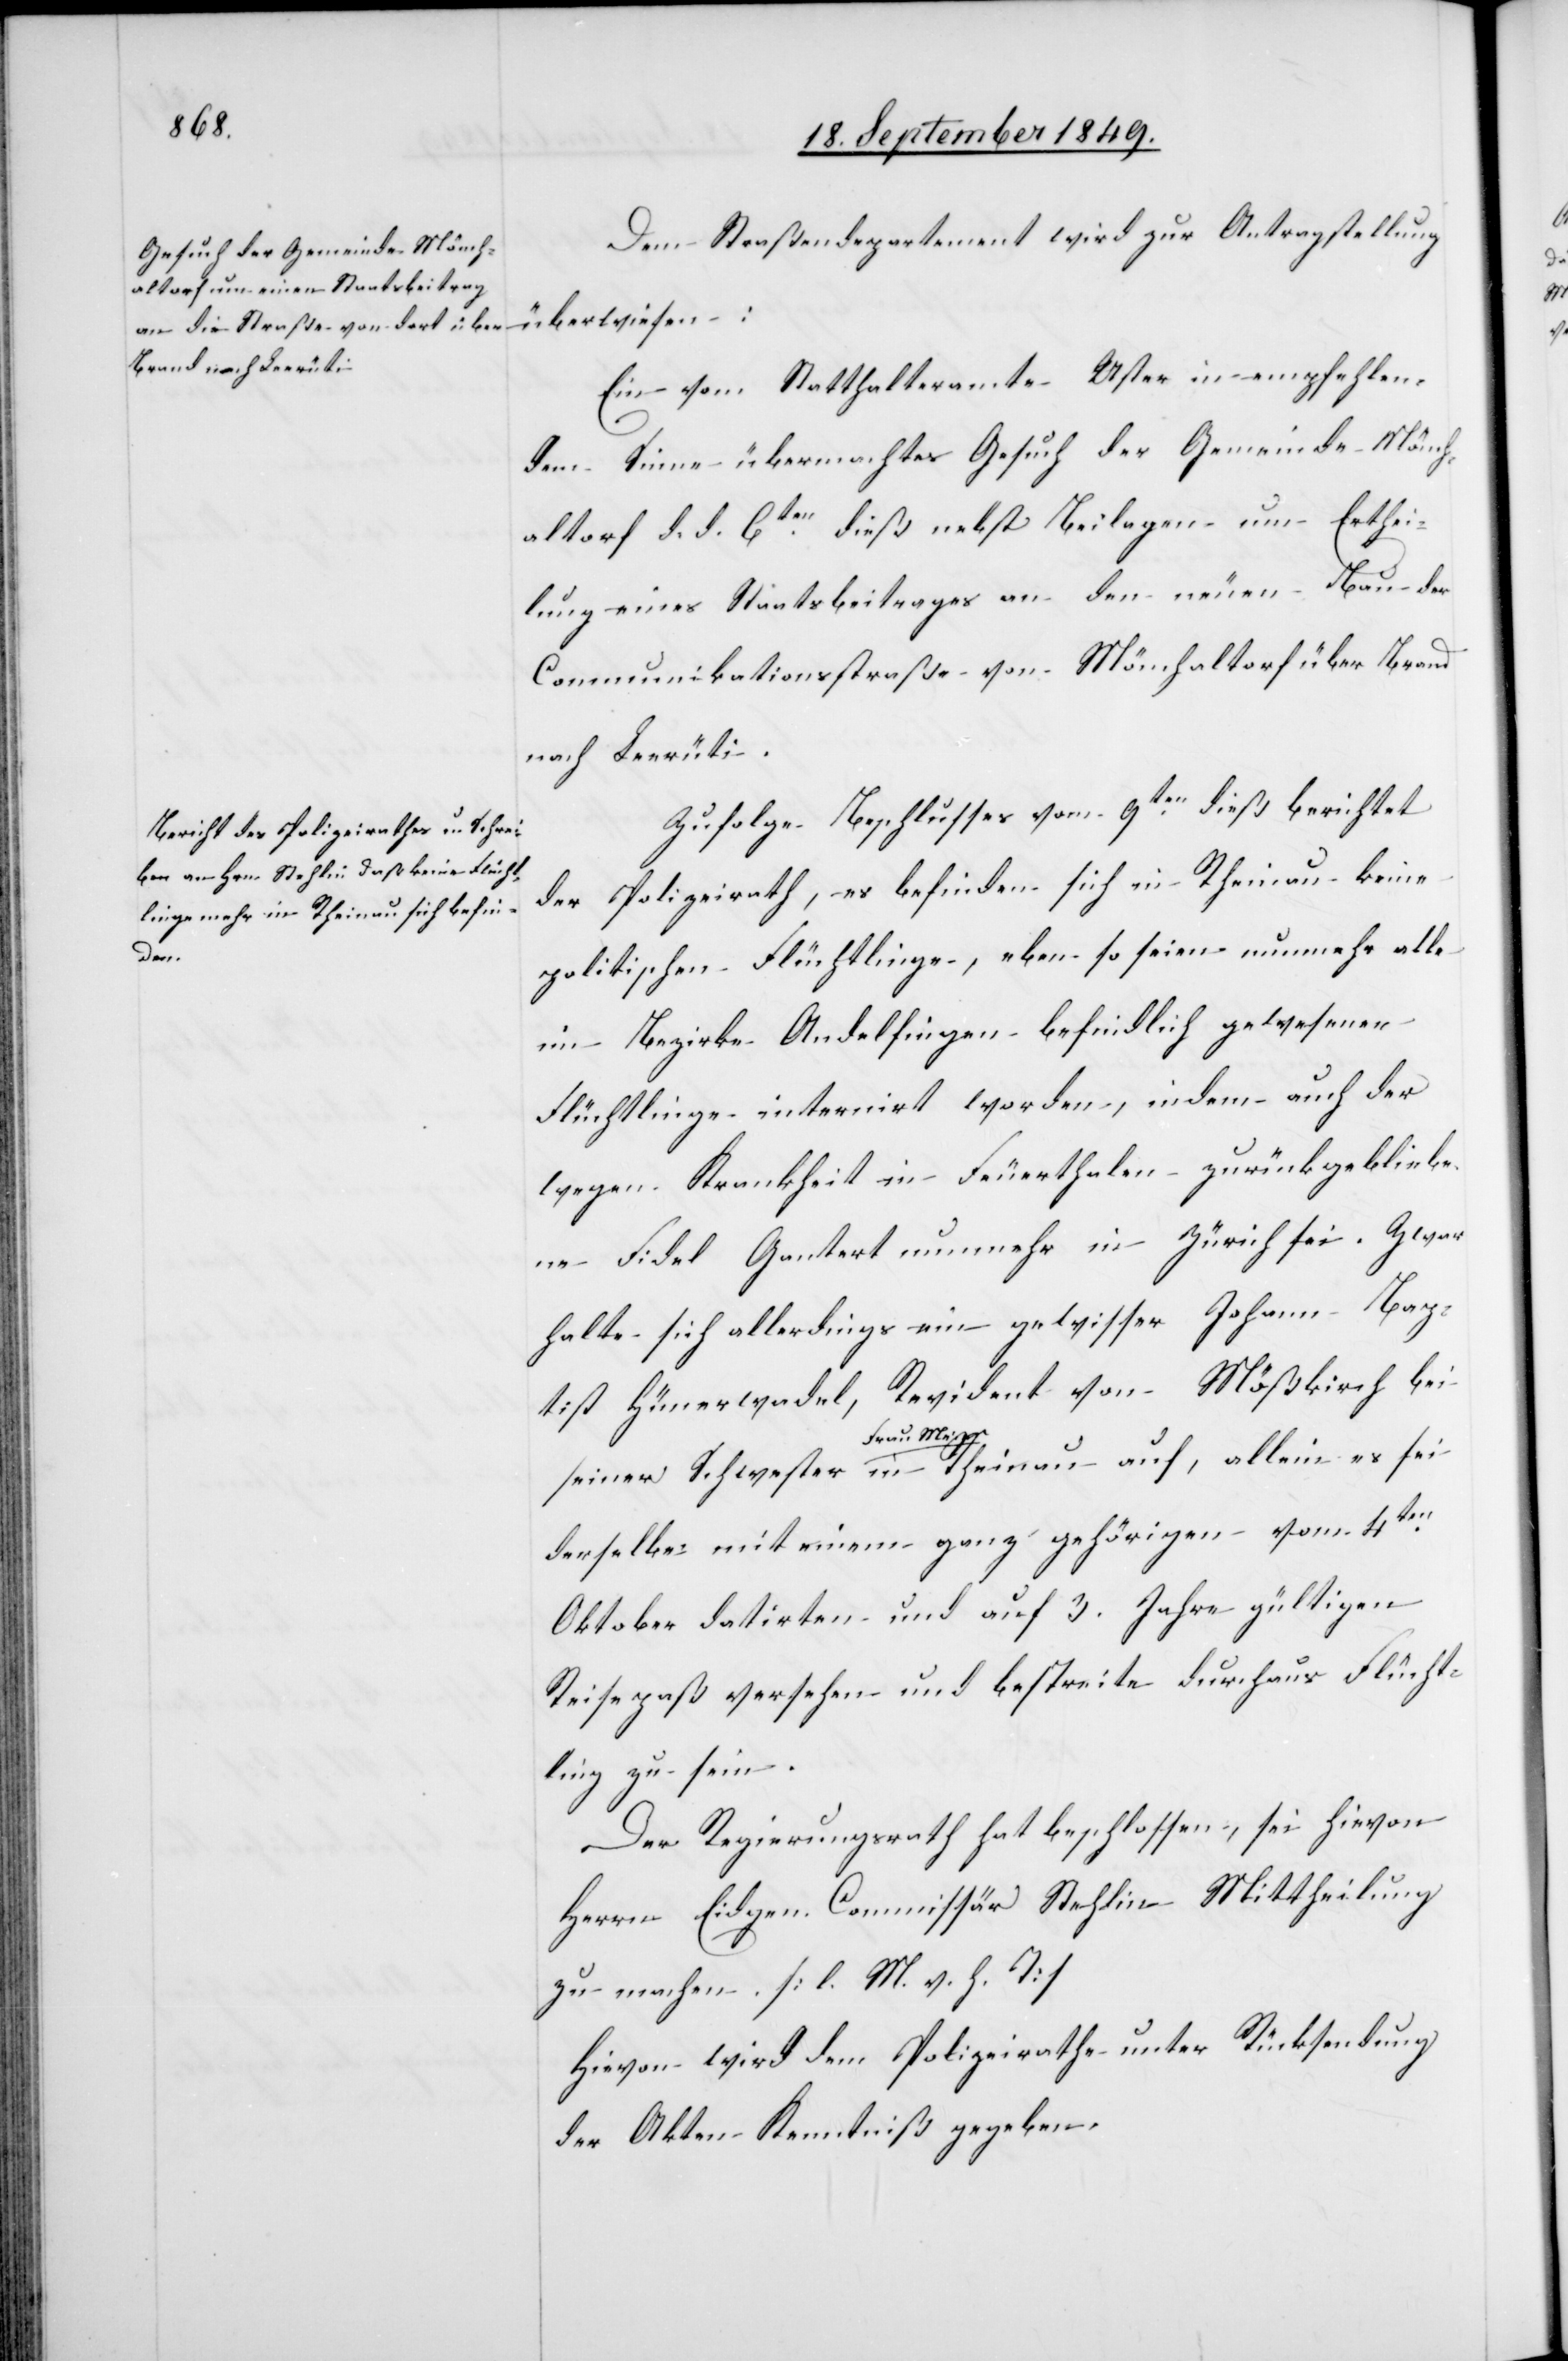
Dem Straßendepartement wird zur Antragstellung
überwiesen:
Ein vom Statthalteramte Uster in empfehlen¬
dem Sinne übermachtes Gesuch der Gemeinde Mönch¬
altorf d. d. 6ten dieß nebst Beilagen um Erthei¬
lung eines Staatsbeitrages an den neuen Bau der
Communikationsstraße von Mönchaltorf über Brand
nach Leerüti.
Zufolge Beschlusses vom 9ten dieß berichtet
der Polizeirath, es befinden sich in Rheinau keine
politischen Flüchtlinge, eben so seien nunmehr alle
im Bezirke Andelfingen befindlich gewesenen
Flüchtlinge internirt worden, indem auch der
wegen Krankheit in Feuerthalen zurückgebliebe¬
ne Fidel Gantert nunmehr in Zürich sei. Zwar
halte sich allerdings ein gewisser Johann Bap¬
tist Hünerwadel, Revident von Mäßkirch bei
seiner Schwester a-Frau Meyer-a in Rheinau auf, allein es sei
derselbe mit einem ganz gehörigen vom 4ten
Oktober datirten und auf 3. Jahre gültigen
Reisepaß versehen und bestreite durchaus Flücht¬
ling zu sein.
Der Regierungsrath hat beschlossen, sei hievon
Herrn Eidgen. Commissär Stehlin Mittheilung
zu machen. [l. M. v. h. T]
Hievon wird dem Polizeirathe unter Rücksendung
der Akten Kenntniß gegeben.